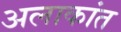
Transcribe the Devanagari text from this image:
अलाकांत